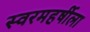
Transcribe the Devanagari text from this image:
स्वरमहर्षीला